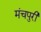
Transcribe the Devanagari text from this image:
मंचपुरी